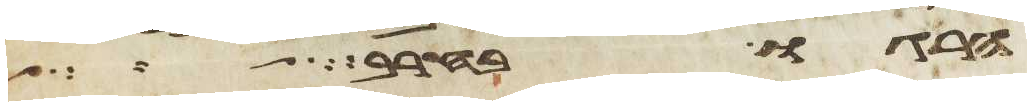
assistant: הרגו בחרב